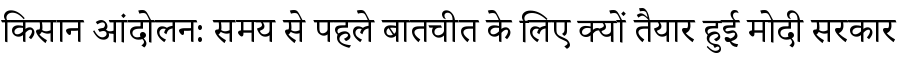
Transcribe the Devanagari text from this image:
किसान आंदोलन: समय से पहले बातचीत के लिए क्यों तैयार हुई मोदी सरकार